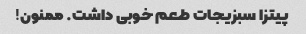
پیتزا سبزیجات طعم خوبی داشت. ممنون!